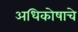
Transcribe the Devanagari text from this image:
अधिकोषाचे